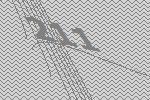
211